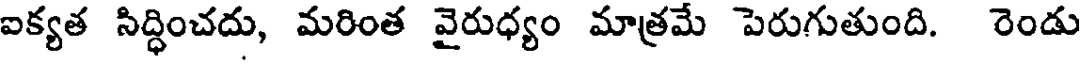
ఐక్యత సిద్ధించదు, మరింత వైరుధ్యం మాత్రమే పెరుగుతుంది. రెండు